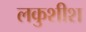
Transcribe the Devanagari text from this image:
लकुशीश